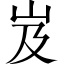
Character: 岌